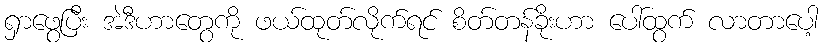
ရှာဖွေပြီး အဲဒီဟာတွေကို ဖယ်ထုတ်လိုက်ရင် စိတ်တန်ခိုးဟာ ပေါ်ထွက် လာတာပေါ့